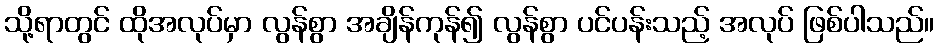
သို့ရာတွင် ထိုအလုပ်မှာ လွန်စွာ အချိန်ကုန်၍ လွန်စွာ ပင်ပန်းသည့် အလုပ် ဖြစ်ပါသည်။